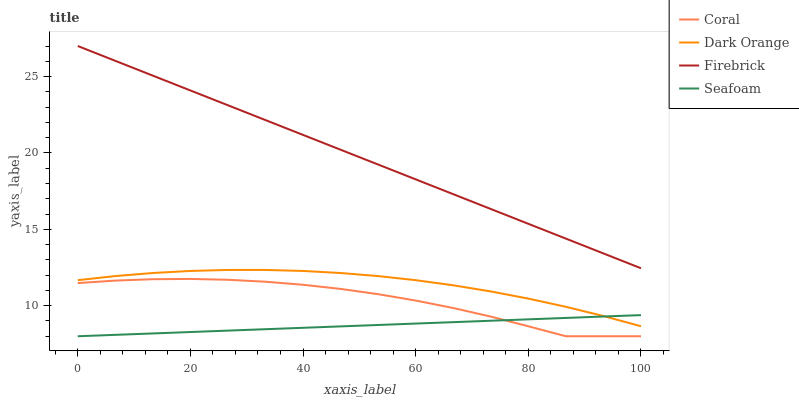
| xaxis_label | Coral | Dark Orange | Firebrick | Seafoam |
 | --- | --- | --- | --- | --- |
 | 0 | 11.5 | 11.7 | 27 | 8 |
 | 6.67 | 11.6 | 11.9 | 26 | 8.09 |
 | 13.3 | 11.7 | 12.1 | 25.1 | 8.18 |
 | 20 | 11.8 | 12.3 | 24.1 | 8.28 |
 | 26.7 | 11.7 | 12.3 | 23.1 | 8.37 |
 | 33.3 | 11.6 | 12.3 | 22.2 | 8.46 |
 | 40 | 11.4 | 12.3 | 21.2 | 8.55 |
 | 46.7 | 11.1 | 12.1 | 20.2 | 8.65 |
 | 53.3 | 10.8 | 11.9 | 19.2 | 8.74 |
 | 60 | 10.3 | 11.7 | 18.3 | 8.83 |
 | 66.7 | 9.85 | 11.3 | 17.3 | 8.92 |
 | 73.3 | 9.29 | 10.9 | 16.3 | 9.01 |
 | 80 | 8.65 | 10.5 | 15.4 | 9.11 |
 | 86.7 | 8 | 9.93 | 14.4 | 9.2 |
 | 93.3 | 8 | 9.32 | 13.4 | 9.29 |
 | 100 | 8 | 8.65 | 12.5 | 9.38 |